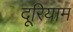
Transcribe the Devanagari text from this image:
दूरियाम